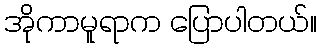
အိုကာမူရာက ပြောပါတယ်။